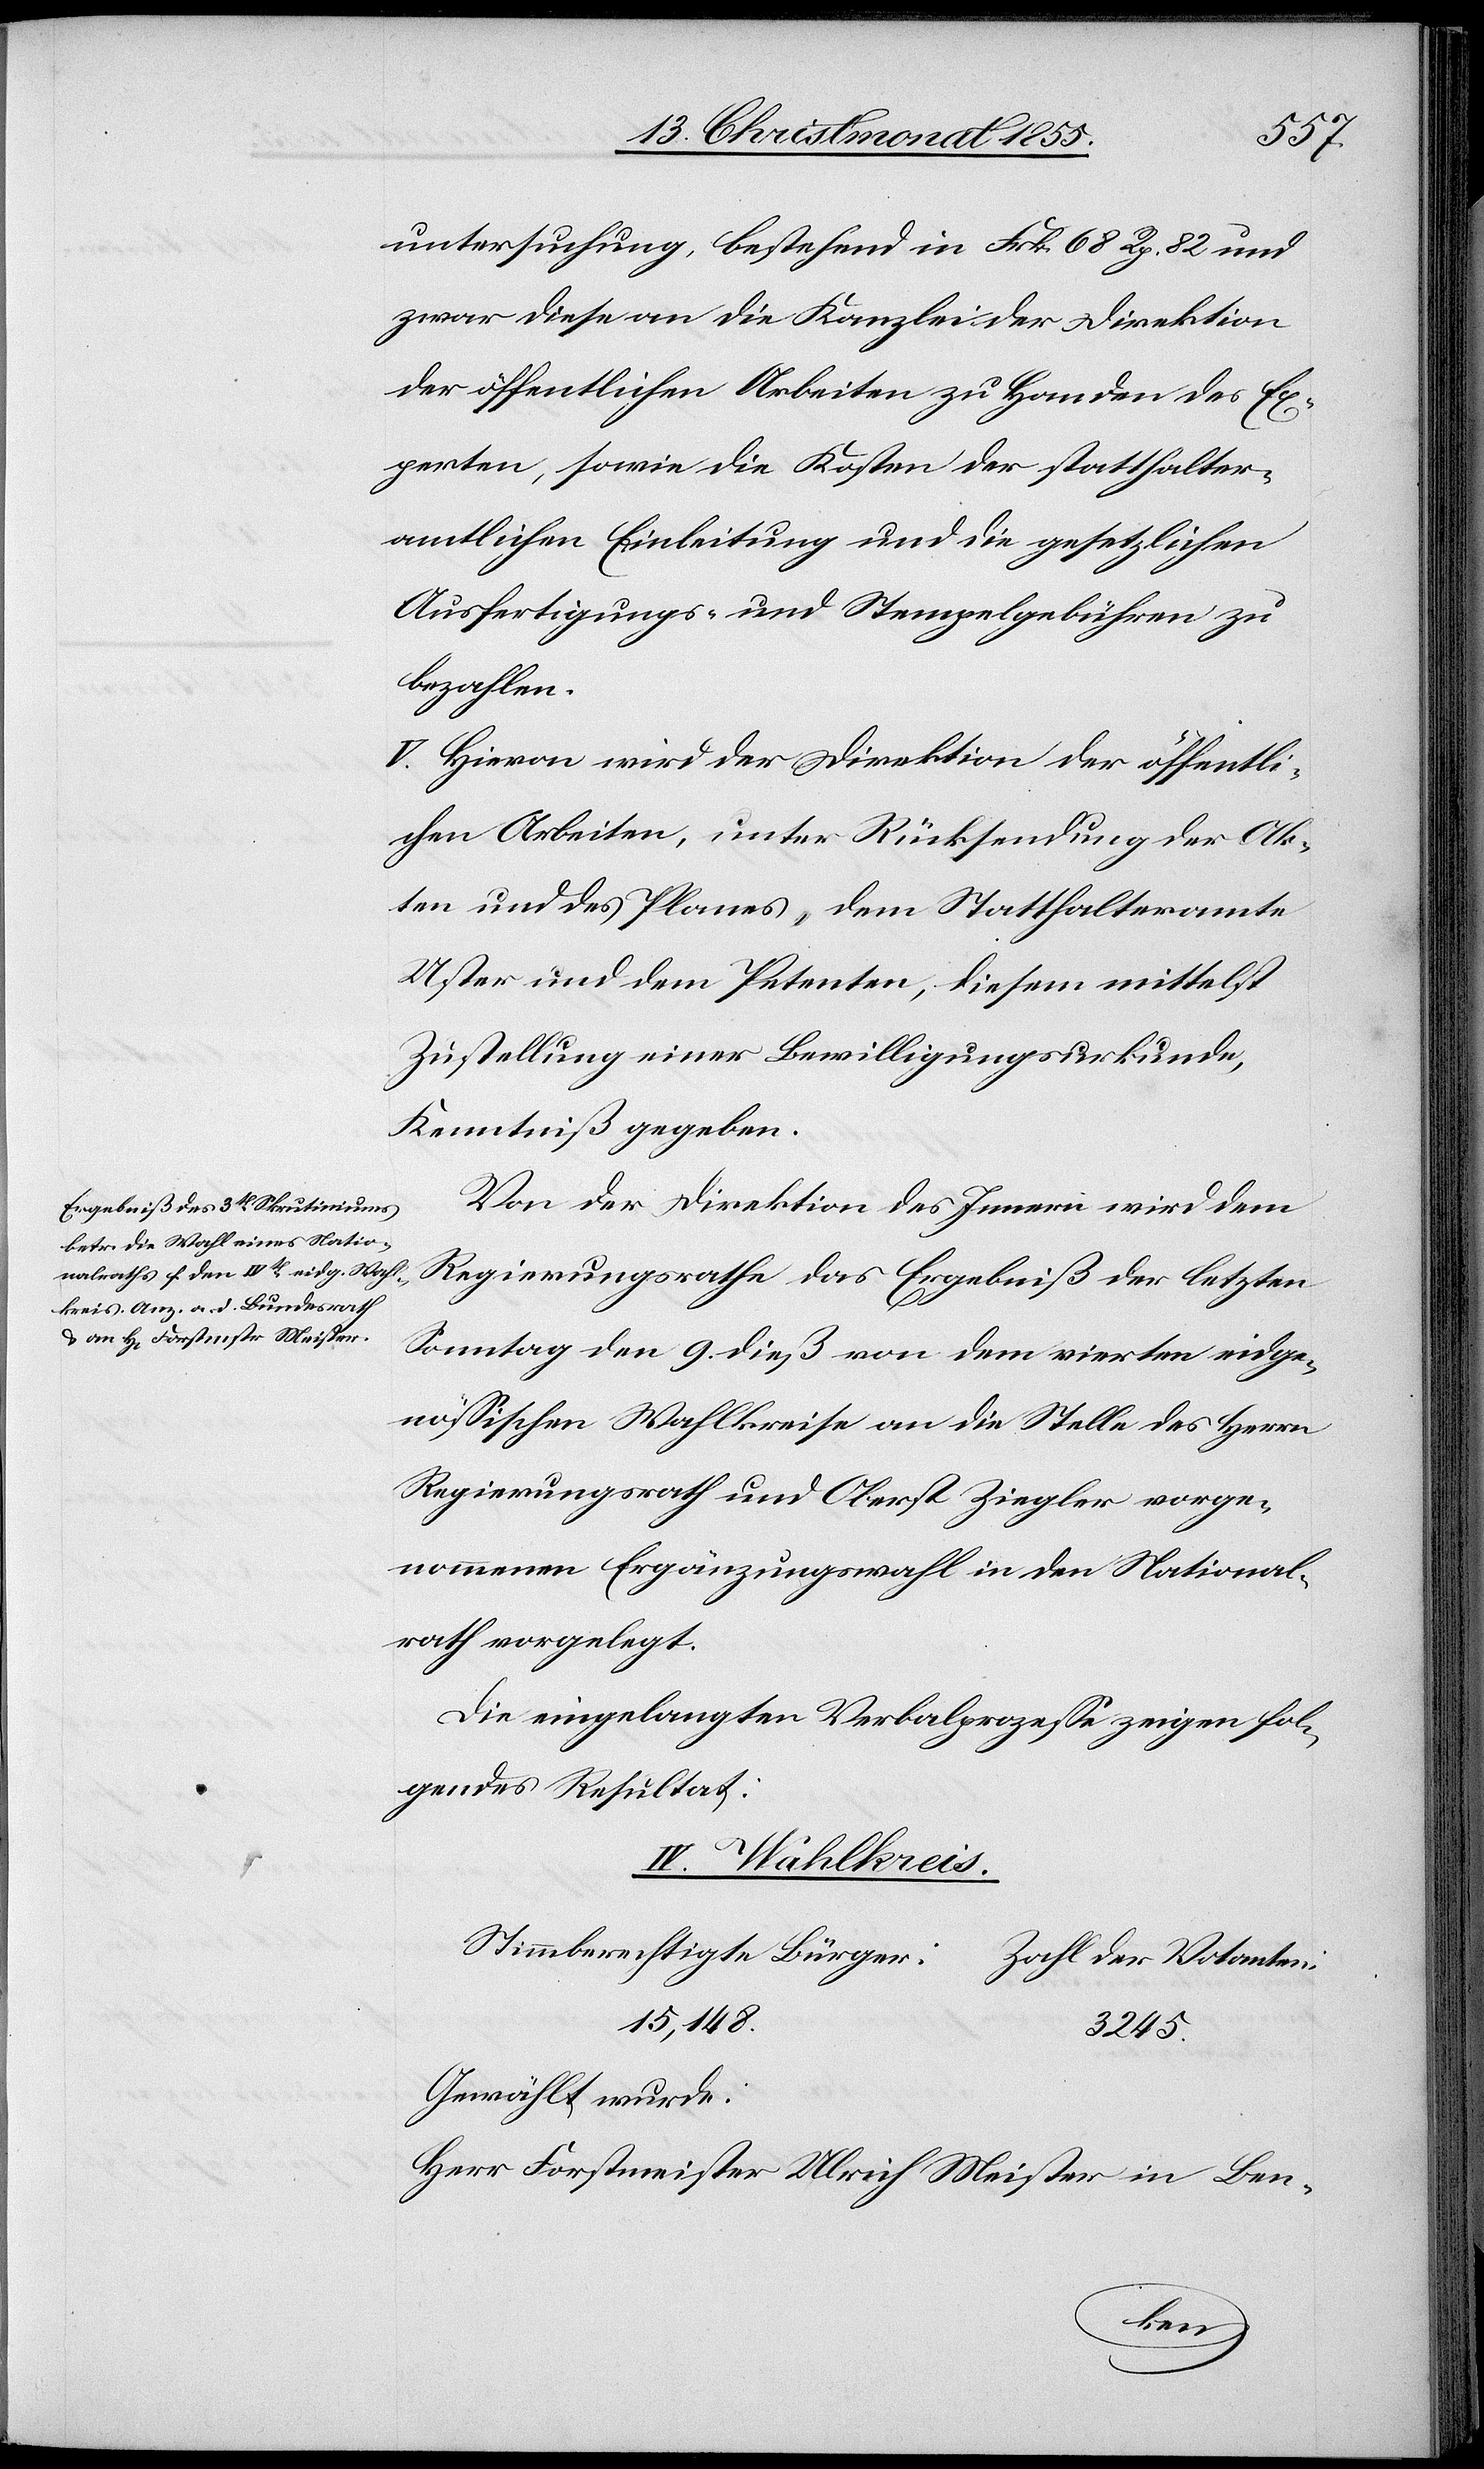
untersuchung, bestehend in Frk. 68 Rp. 82 und
zwar diese an die Kanzlei der Direktion
der öffentlichen Arbeiten zu Handen des Ex¬
perten, sowie die Kosten der statthalter¬
amtlichen Einleitung und die gesetzlichen
Ausfertigungs- und Stempelgebühren zu
bezahlen.
V. Hievon wird der Direktion der öffentli¬
chen Arbeiten, unter Rücksendung der Ak¬
ten und des Planes, dem Statthalteramte
Uster und dem Petenten, diesem mittelst
Zustellung einer Bewilligungsurkunde,
Kenntniß gegeben.
Von der Direktion des Innern wird dem
Regierungsrathe das Ergebniß der letzten
Sonntag den 9. dieß von dem vierten eidge¬
nössischen Wahlkreise an die Stelle des Herrn
Regierungsrath und Oberst Ziegler vorge¬
nommenen Ergänzungswahl in den National¬
rath vorgelegt.
Die eingelangten Verbalprozesse zeigen fol¬
gendes Resultat:
IV. Wahlkreis.
Stimmberechtigte Bürger:
Zahl der Votanten:
15,148.
3245.
Gewählt wurde:
Herr Forstmeister Ulrich Meister in Ben-